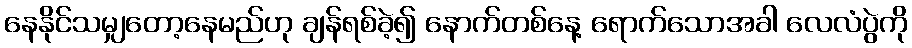
နေနိုင်သမျှတော့နေမည်ဟု ချန်ရစ်ခဲ့၍ နောက်တစ်နေ့ ရောက်သောအခါ လေလံပွဲကို